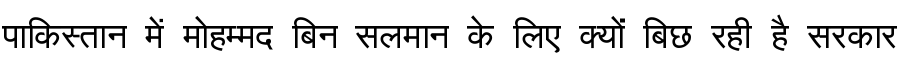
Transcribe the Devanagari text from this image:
पाकिस्तान में मोहम्मद बिन सलमान के लिए क्यों बिछ रही है सरकार